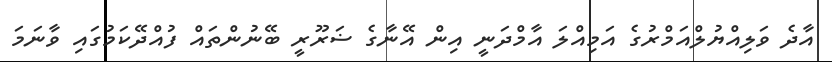
އާދެ ވަލިއްޔުލްއަމްރުގެ އަމިއްލަ އާމްދަނީ އިން އޭނާގެ ޟަރޫރީ ބޭނުންތައް ފުއްދޭކަމުގައި ވާނަމަ